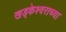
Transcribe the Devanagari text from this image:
खड्केश्वराच्या